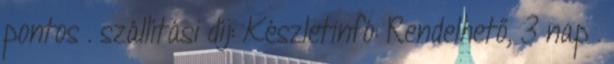
pontos . szállítási díj: Készletinfó: Rendelhető, 3 nap .